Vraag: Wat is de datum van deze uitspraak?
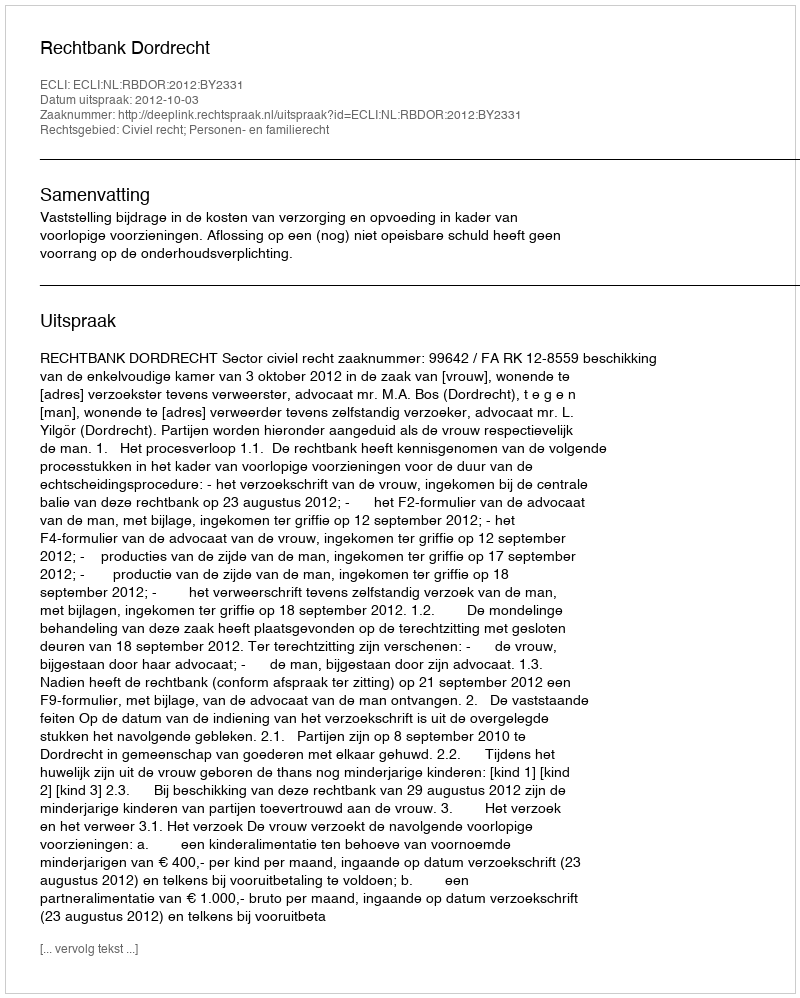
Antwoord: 2012-10-03